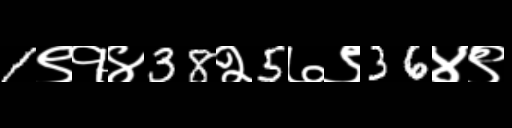
Text: 1९१४38२5७९36४९